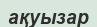
ақуызар